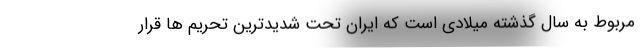
مربوط به سال گذشته میلادی است که ایران تحت شدیدترین تحریم ها قرار